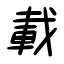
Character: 載